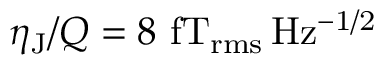
\eta _ { \mathrm { J } } / Q = 8 ~ \mathrm { f T _ { r m s } \, H z ^ { - 1 / 2 } }